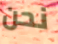
نحن